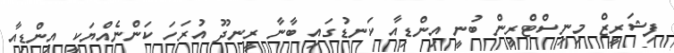
ފިޝަރީޒް މިނިސްޓްރީން ބުނީ އިންޑިއާ ކަނޑުގައި ބާނާ ރީނދޫ އުރަހަ ކަންނެއްޔަކީ އިންޑިއާ